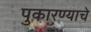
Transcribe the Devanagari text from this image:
पुकारण्याचे